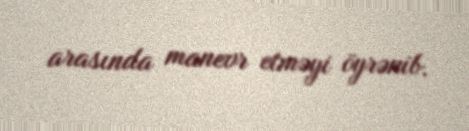
arasında manevr etməyi öyrənib.